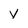
Character: Y